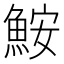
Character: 鮟